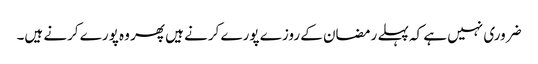
ضروری نہیں ہے کہ پہلے رمضان کے روزے پورے کرنے ہیں پھر وہ پورے کرنے ہیں۔